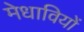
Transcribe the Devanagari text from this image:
मेधावियों